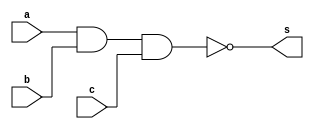
// Giselle Caroline Vieira

module exercicioNAND (s,a,b,c);

output s;
input a,b,c;
assign s = ~(a&b&c);

endmodule  //exercicio nand

module testnand;
reg a,b,c;
wire s;

exercicioNAND NAND1 (s,a,b,c);
initial begin:start
a=0; b=0; c=0;
end
// parte principal
initial begin:main
$display ("Exercicio 01");
$display ("Teste NAND");
$display ("~(a&b&c) = s\n");

#1$display ("%b & %b & %b= %b\n", a,b,c,s);
#1 a=0; b=0; c=1;

#1$display ("%b & %b & %b= %b\n", a,b,c,s);
#1 a=0; b=1; c=0;

#1$display ("%b & %b & %b= %b\n", a,b,c,s);
#1 a=0; b=1; c=1;

#1$display ("%b & %b & %b= %b\n", a,b,c,s);
#1 a=1; b=1; c=1;

#1$display ("%b & %b & %b= %b\n", a,b,c,s);
#1 a=1; b=0; c=0;

#1$display ("%b & %b & %b= %b\n", a,b,c,s);
#1 a=1; b=0; c=1;

#1$display ("%b & %b & %b= %b\n", a,b,c,s);
#1 a=1; b=1; c=0;

#1$display ("%b & %b & %b= %b\n", a,b,c,s);
end
endmodule